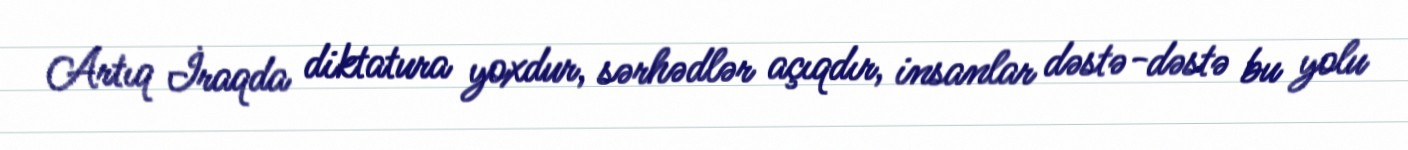
Artıq İraqda diktatura yoxdur, sərhədlər açıqdır, insanlar dəstə-dəstə bu yolu